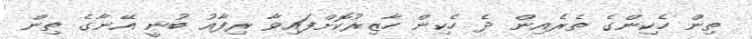
ތިން ހެކިންގެ ތެރެއިން ދެ ހެކިން ހާޒިރުކޮށްފައިވާ ރިފާއު ބުނީ އޭނާގެ ތިން